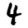
Digit: 4